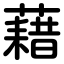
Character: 藉